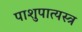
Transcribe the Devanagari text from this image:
पाशुपात्यस्त्र